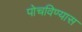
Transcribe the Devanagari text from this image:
पोचविण्यास